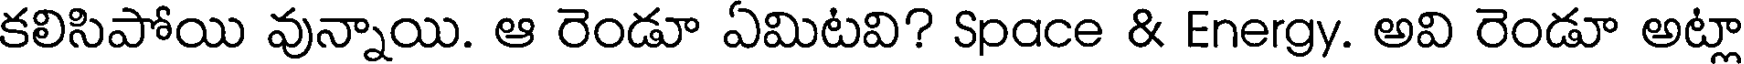
కలిసిపోయి వున్నాయి. ఆ రెండూ ఏమిటవి? Space & Energy. అవి రెండూ అట్లా